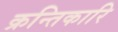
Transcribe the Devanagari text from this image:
क्रन्तिकारि